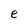
Character: e